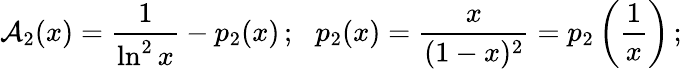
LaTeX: {\cal A}_{2}(x)=\frac{1}{\ln^{2}x}-p_{2}(x)\, ;\ \ \, p_{2}(x)=\frac{x}{(1-x)^{2}}=p_{2}\left(\frac{1}{x}\right)\, ;